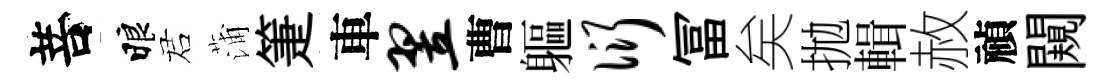
菩睱诺蒲箑車翌曹軀衍冨矣拋輯赦禎闚